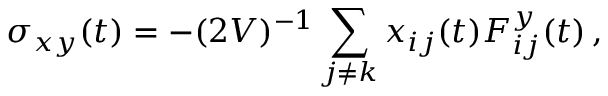
\sigma _ { x y } ( t ) = - ( 2 V ) ^ { - 1 } \sum _ { j \neq k } x _ { i j } ( t ) F _ { i j } ^ { y } ( t ) \, ,